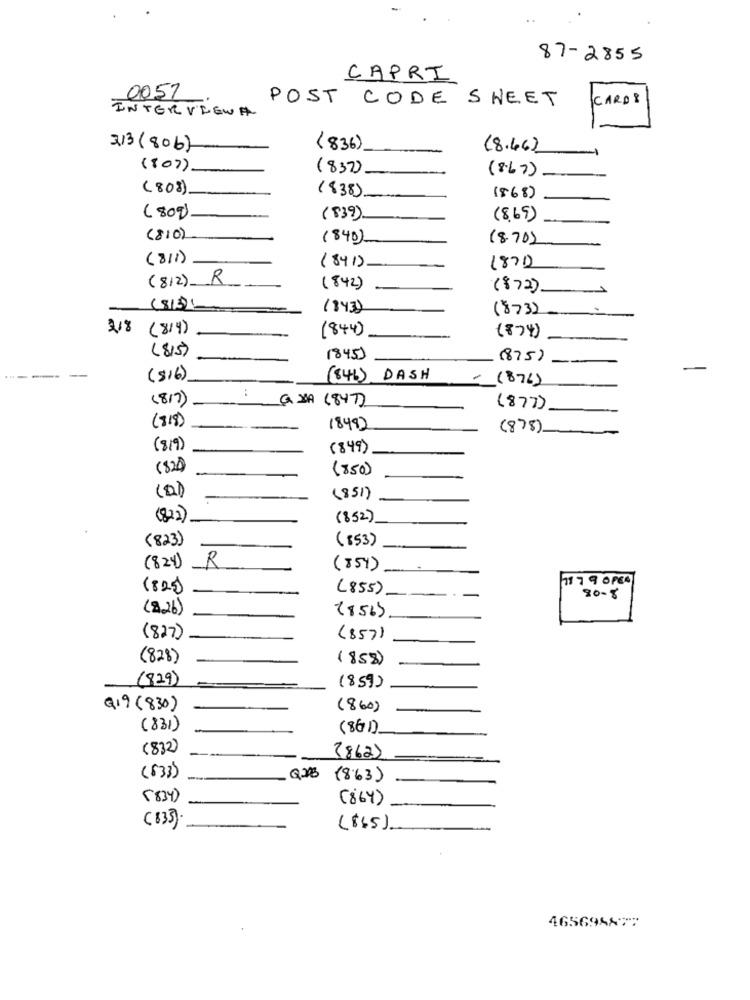
87-2855
CAPRI
0052
POST CODE SHEET
CARD 8
INTERVIEWA
313(806)
(836)
(8.46)
(80)
(83)
(8.67)
(808)
(838)
(868)
( 80)
(539).
(869 )
(810)
( 840)
(8.70)
(811)
(841)
1870
(8/2) R
(842)
(872)
(81)
(843)
(873)
218 (814)
(844)
( 874)
( 815)
(845)
(875)
(816)
(841) DASH
(876)
:
( 817)
Q XA (847)
(877)
(818)
1849)
(878)
(819)
( 849)
(82)
(850)
(2)
(851)
(822)
(852)
(823)
(853)
(824)
R
( 854 )
-
11 7 9 0 PER
(82)
(855)
--
20-8
(826)
(856)
( 827)
(857)
(828)
(858)
(829)
(859)
Q19 (830)
(860)
(831)
(86)
(832)
(862)
(833)
Q23 (8:63)
(834)
( 864 )
( 833)
(845).
465695877